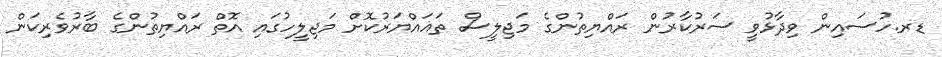
ޑރ.ހުސައިން ވިދާޅުވީ ސަރުކާރުން ރައްޔިތުންގެ މަޖިލީސް ތަޣައްޔަރުކޮށް މަޖިލީހުގައި އޮތް ރައްޔިތުންގެ ބާރުވެރިކަން